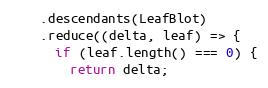
Language: JavaScript
    .descendants(LeafBlot)
    .reduce((delta, leaf) => {
      if (leaf.length() === 0) {
        return delta;